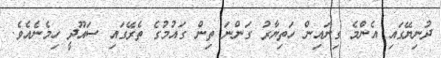
ދުނިޔޭގައި އެންމެ ގިނައިން ހަތިޔާރު ގަންނަ ތިން ގައުމުގެ ތެރޭގައި ސައޫދީ ހިމެނެއެވެ.